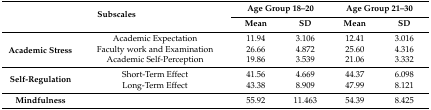
<table><thead><tr><td rowspan="2" colspan="2"><b>Subscales</b></td><td colspan="2"><b>Age Group 18–20</b></td><td colspan="2"><b>Age Group 21–30</b></td></tr><tr><td><b>Mean</b></td><td><b>SD</b></td><td><b>Mean</b></td><td><b>SD</b></td></tr></thead><tbody><tr><td rowspan="3"><b>Academic Stress</b></td><td>Academic Expectation</td><td>11.94</td><td>3.106</td><td>12.41</td><td>3.016</td></tr><tr><td>Faculty work and Examination</td><td>26.66</td><td>4.872</td><td>25.60</td><td>4.316</td></tr><tr><td>Academic Self-Perception</td><td>19.86</td><td>3.539</td><td>21.06</td><td>3.332</td></tr><tr><td rowspan="2"><b>Self-Regulation</b></td><td>Short-Term Effect</td><td>41.56</td><td>4.669</td><td>44.37</td><td>6.098</td></tr><tr><td>Long-Term Effect</td><td>43.38</td><td>8.909</td><td>47.99</td><td>8.121</td></tr><tr><td><b>Mindfulness</b></td><td></td><td>55.92</td><td>11.463</td><td>54.39</td><td>8.425</td></tr></tbody></table>